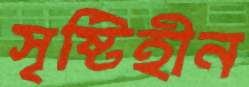
সৃষ্টিহীন